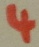
Text: 4